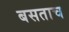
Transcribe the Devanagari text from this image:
बसताच